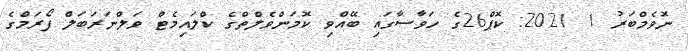
ނޮވެމްބަރު 1 2021: ކޮޕް26ގެ ހަވާސާގައި ބޭއްވި ކޮމަންވެލްތްގެ ކްލައިމެޓް ވަލްނަރަބަލް ފޯރަމްގެ